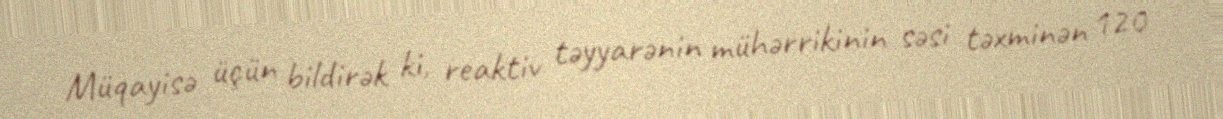
Müqayisə üçün bildirək ki, reaktiv təyyarənin mühərrikinin səsi təxminən 120